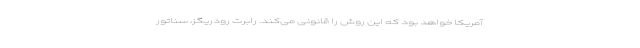
آمریکا خواهد بود که این روش را قانونی می‌کند. رابرت رودریگز، سناتور